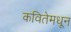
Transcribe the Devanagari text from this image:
कवितेमधून